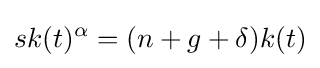
sk(t)^{\alpha }=(n+g+\delta )k(t)